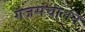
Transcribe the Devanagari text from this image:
गजसंचालन